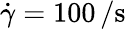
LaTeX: \dot{\gamma}=100\, \mathrm{/s}